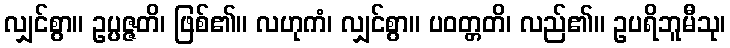
လျှင်စွာ။ ဥပ္ပဇ္ဇတိ၊ ဖြစ်၏။ လဟုကံ၊ လျှင်စွာ။ ပဝတ္တတိ၊ လည်၏။ ဥပရိဘူမီသု၊